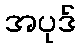
အပုဒ်